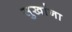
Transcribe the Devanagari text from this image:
सुखांना